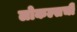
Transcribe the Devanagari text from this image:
लोकल्सची